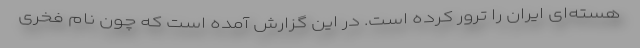
هسته‌ای ایران را ترور کرده است. در این گزارش آمده است که چون نام فخری